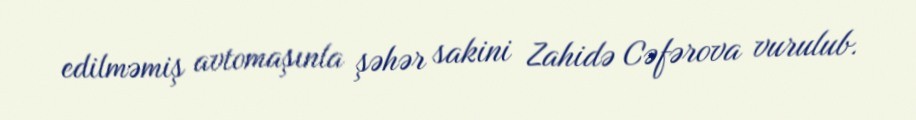
edilməmiş avtomaşınla şəhər sakini Zahidə Cəfərova vurulub.